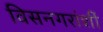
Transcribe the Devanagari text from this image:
विसनगरांशीं